Epidemic dropsy in Calcutta - Number 45
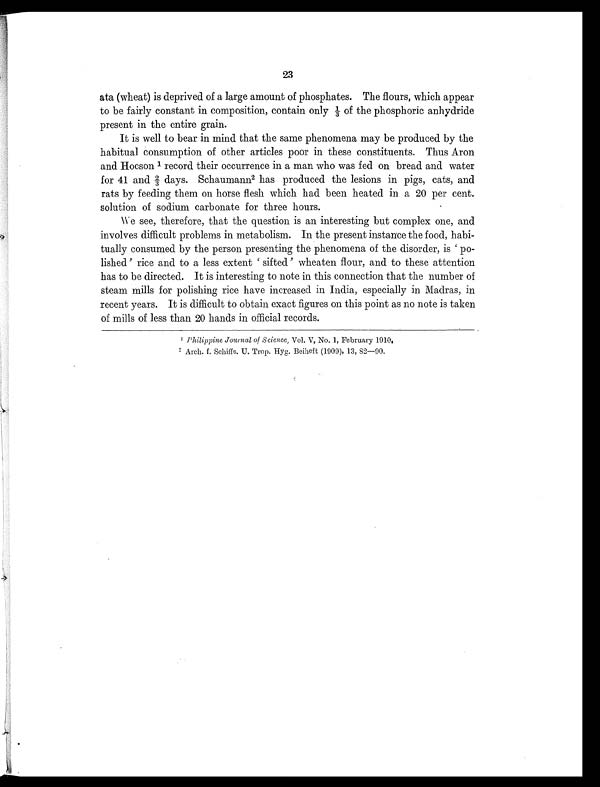
23
ata (wheat) is deprived of a large amount of phosphates. The flours, which appear
to be fairly constant in composition, contain only 1/3 of the phosphoric anhydride
present in the entire grain.
It is well to bear in mind that the same phenomena may be produced by the
habitual consumption of other articles poor in these constituents. Thus Aron
and Hocson 1 record their occurrence in a man who was fed on bread and water
for 41 and 2/ 3 days. Schaumann2 h a s p r o d u c e d t h e l e s i o n s i n p i g s , c a t s , a n d
rats by feeding them on horse flesh which had been heated in a 20 per cent.
solution of sodium carbonate for three hours.
We see, therefore, that the question is an interesting but complex one, and
involves difficult problems in metabolism. In the present instance the food, habi-
tually consumed by the person presenting the phenomena of the disorder, is ' po-
lished' rice and to a less extent ' sifted' wheaten flour, and to these attention
has to be directed. It is interesting to note in this connection that the number of
steam mills for polishing rice have increased in India, especially in Madras, in
recent years. It is difficult to obtain exact figures on this point as no note is taken
of mills of less than 20 hands in official records.
1
P h i l i p p i n e J o u r n a l o f S c i e n c e ,
Vol. V, No. 1, February 1910.
2
A r c h . f . S c h i f f s , U . T r o p . H y g . B e i h e f t ( 1 9 0 9 ) , 1 3 , 8 2 — 9 0 .